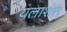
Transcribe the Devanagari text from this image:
यलाशल